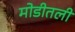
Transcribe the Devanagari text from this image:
मोडीतली